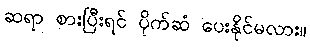
ဆရာ စားပြီးရင် ပိုက်ဆံ ပေးနိုင်မလား။